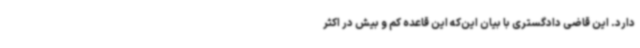
دارد. این قاضی دادگستری با بیان این‌که این قاعده کم و بیش در اکثر